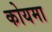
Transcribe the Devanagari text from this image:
कोयमा